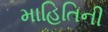
માહિતિની